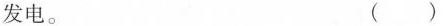
发电。 ( )